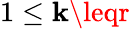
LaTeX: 1\leq\mathbf{k}\leqr